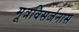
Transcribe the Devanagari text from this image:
मूत्रविसर्जनास